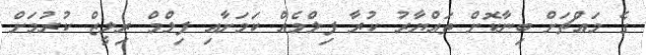
ގެ މައްޗަށް ބިނާކޮށް ތައްޔާރު ކުރާ ފިލްމެއް ކަމަށާއި ފިލްމް ރިލީޒް ކުރުމަށް